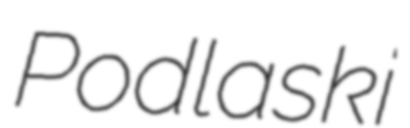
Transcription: Podlaski